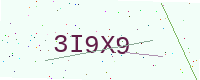
Text: 3I9X9